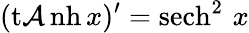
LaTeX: (\operatorname{t\mathcal{A}nh}x)^{\prime}={\operatorname{sech}^{2}\, x}